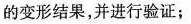
的变形结果，并进行验证；